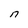
Character: S